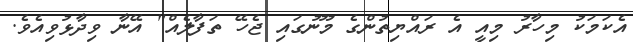
އެކަމަކު މިހާރު މިއީ އެ ރައްޔިތުންގެ މޫނުގައި ޖެހޭ ތަފާލެއް" އޭނާ ވިދާޅުވިއެވެ.